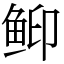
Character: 䲟